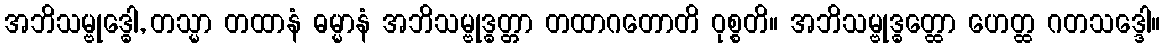
အဘိသမ္ဗုဒ္ဓေါ, တသ္မာ တထာနံ ဓမ္မာနံ အဘိသမ္ဗုဒ္ဓတ္တာ တထာဂတောတိ ဝုစ္စတိ။ အဘိသမ္ဗုဒ္ဓတ္ထော ဟေတ္ထ ဂတသဒ္ဒေါ။